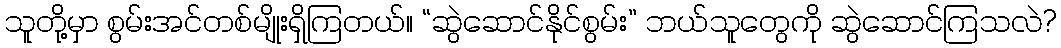
သူတို့မှာ စွမ်းအင်တစ်မျိုးရှိကြတယ်။ “ဆွဲဆောင်နိုင်စွမ်း” ဘယ်သူတွေကို ဆွဲဆောင်ကြသလဲ?